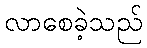
လာစေခဲ့သည်